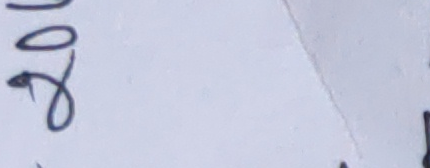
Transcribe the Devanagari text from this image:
२०४